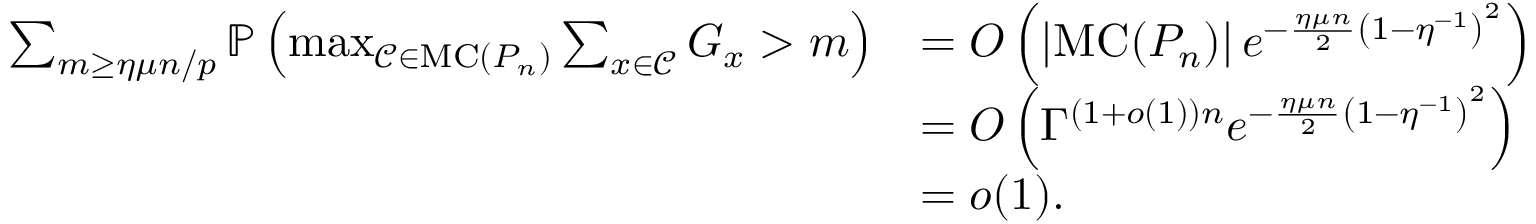
\begin{array} { r l } { \sum _ { m \geq \eta \mu n / p } \mathbb { P } \left( \operatorname* { m a x } _ { \mathcal C \in \mathrm { M C } ( P _ { n } ) } \sum _ { x \in \mathcal C } G _ { x } > m \right) } & { = O \left( \left\lvert \mathrm { M C } ( P _ { n } ) \right\rvert e ^ { - \frac { \eta \mu n } { 2 } \left( 1 - \eta ^ { - 1 } \right) ^ { 2 } } \right) } \\ & { = O \left( \Gamma ^ { ( 1 + o ( 1 ) ) n } e ^ { - \frac { \eta \mu n } { 2 } \left( 1 - \eta ^ { - 1 } \right) ^ { 2 } } \right) } \\ & { = o ( 1 ) . } \end{array}